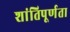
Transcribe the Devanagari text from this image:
शांतिपूर्णता